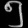
Digit: ၅